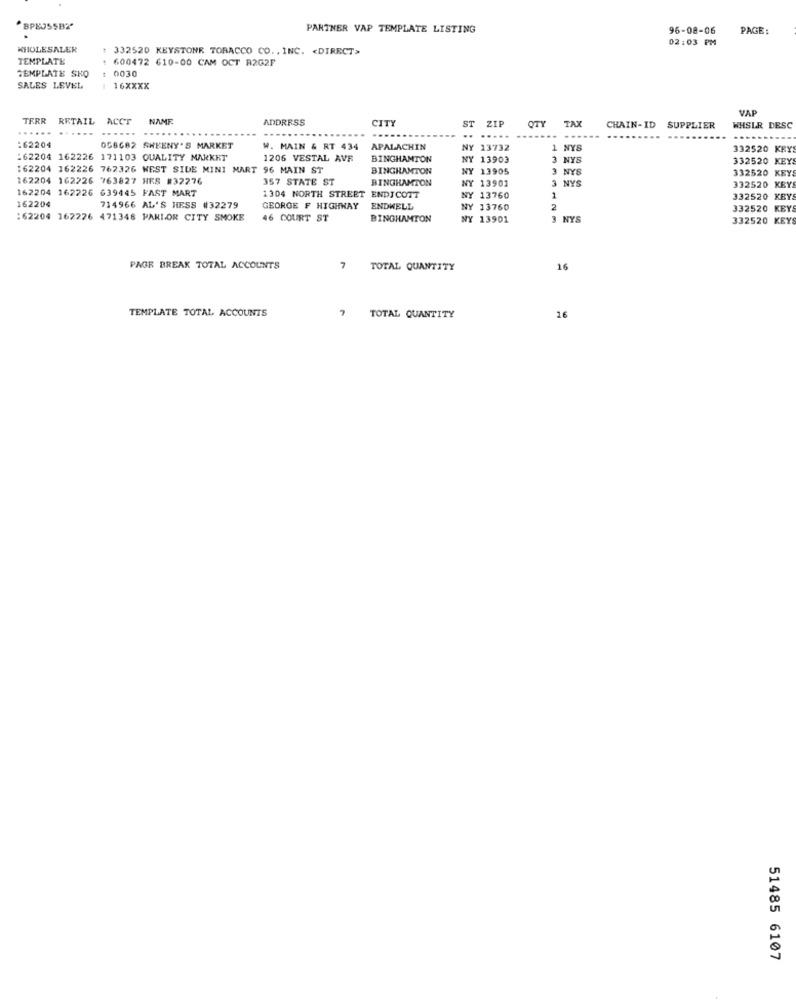
"BPBUSSBY
PARTNER VAP TEMPLATE LISTING
96-08-06
PAGE:
02:03 PM
WHOLESALER
: 332520 KEYSTONE TOBACCO CO. , INC. < DIRECT>
TEMPLATE
600472 610-00 CAM OCT R2G2F
TEMPLATE SKO
t 0030
SALES LEVEL
: 16XXXX
VAP
TERR RETAIL ACCT
NAME
ADDRESS
CITY
ZIP
OTY
TAX
.....
ST
CHAIN-ID SUPPLIER
WHSLR DESC
..
.....
:62204
OGBG82 SHEENY'S MARKET
W. MAIN & RT 434
APALACHIN
NY
13732
NYS
332520 KRYS
:62204 162226 171103 QUALITY MARKET
1206 VESTAL AVR
BINGHAMTON
NY 13903
3
NYS
332520 KEYS
162204 162226 762326 WEST SIDE MINI MART 96 MAIN ST
BINGHAMTON
NY 13905
3
NYS
332520 KEYS
162204 162226 763827 HES #32276
357 STATE ST
BINGHAMTON
NY 13901
3
NYS
332520 KEYS
162204 162226 639445 FAST MART
162204
1304 NORTH STREET ENDICOTT
NY 13760
1
332520 KEYS
714966 AL'S HESS #32279
GEORGE F HIGHWAY
ENDWELL
NY 13760
2
332520 KEYS
:62204 162226 471348 PARLOR CITY SMOKE
46 COURT ST
BINGHAMTON
NY 13901
3 NYS
332520 KEY
PAGE BREAK TOTAL ACCOUNTS
7
TOTAL QUANTITY
16
TEMPLATE TOTAL ACCOUNTS
TOTAL QUANTITY
16
51485 6107